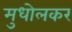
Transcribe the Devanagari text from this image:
मुधोलकर